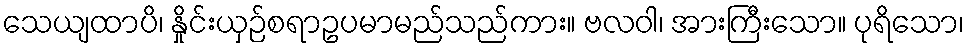
သေယျထာပိ၊ နှိုင်းယှဉ်စရာဥပမာမည်သည်ကား။ ဗလဝါ၊ အားကြီးသော။ ပုရိသော၊